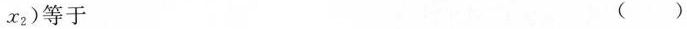
x _ { 2 } )$$等于 ( )